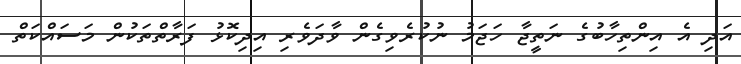
އަދި އެ އިންތިހާބުގެ ނަތީޖާ ހަޖަމު ނުކުރެވިގެން ވާދަވެރި އިދިކޮޅު ފަރާތްތަކުން މަސައްކަތް